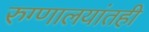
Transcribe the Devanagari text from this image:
रुग्णालयांतही